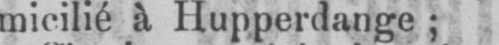
micilié à Hupperdange;